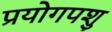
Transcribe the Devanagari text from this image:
प्रयोगपशु